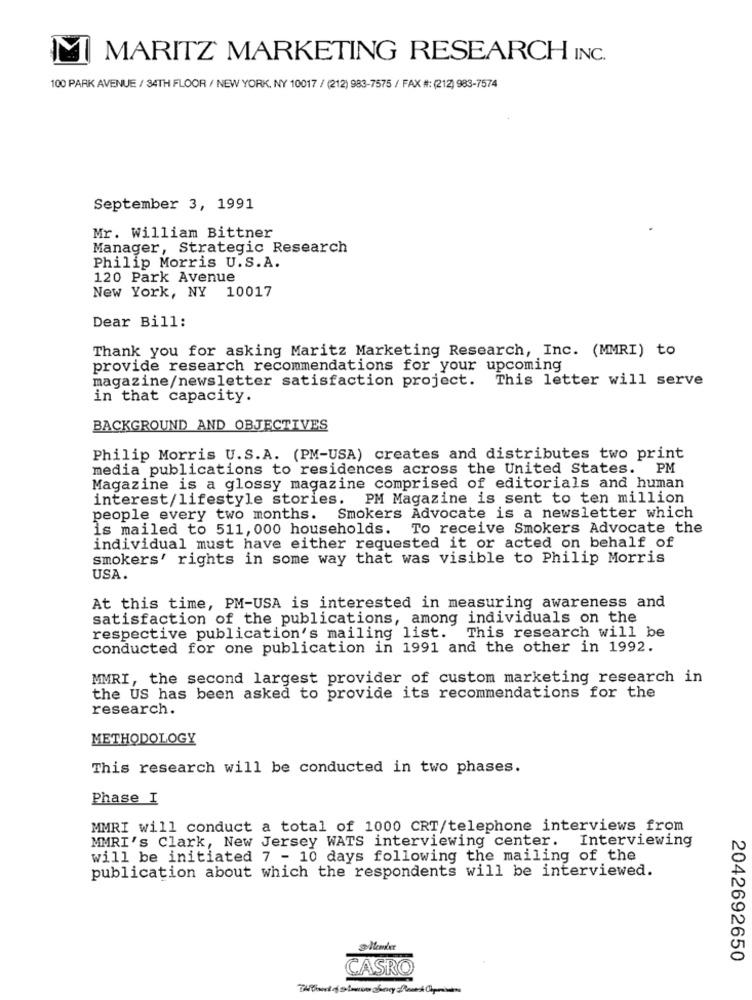
MARITZ MARKETING RESEARCH INC.
100 PARK AVENUE / 34TH FLOOR / NEW YORK, NY 10017 / (212) 983-7575 / FAX #: (212) 983-7574
September 3, 1991
Mr. William Bittner
Manager, Strategic Research
Philip Morris U.S.A.
120 Park Avenue
New York, NY 10017
Dear Bill:
Thank you for asking Maritz Marketing Research, Inc. (MMRI) to
provide research recommendations for your upcoming
This letter will serve
magazine/newsletter satisfaction project.
in that capacity.
BACKGROUND AND OBJECTIVES
Philip Morris U.S.A. (PM-USA) creates and distributes two print
media publications to residences across the United States. PM
Magazine is a glossy magazine comprised of editorials and human
interest/lifestyle stories. PM Magazine is sent to ten million
people every two months. Smokers Advocate is a newsletter which
is mailed to 511, 000 households.
To receive Smokers Advocate the
individual must have either requested it or acted on behalf of
smokers' rights in some way that was visible to Philip Morris
USA.
At this time, PM-USA is interested in measuring awareness and
satisfaction of the publications, among individuals on the
respective publication's mailing list.
This research will be
conducted for one publication in 1991 and the other in 1992.
MMRI, the second largest provider of custom marketing research in
the US has been asked to provide its recommendations for the
research.
METHODOLOGY
This research will be conducted in two phases.
Phase I
MMRI will conduct a total of 1000 CRT/telephone interviews from
MMRI's Clark, New Jersey WATS interviewing center. Interviewing
will be initiated 7 - 10 days following the mailing of the
publication about which the respondents will be interviewed.
2042692650
CASRO